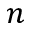
n